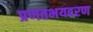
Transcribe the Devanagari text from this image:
प्रणतभयदरण